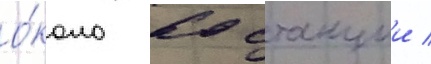
о́коло 60 станции /